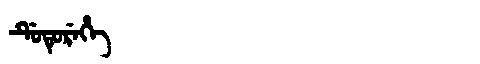
Manchu: ᡩᡠᡨᡠᡵᡝᡥᡝ
Romanization: DUTUREHE